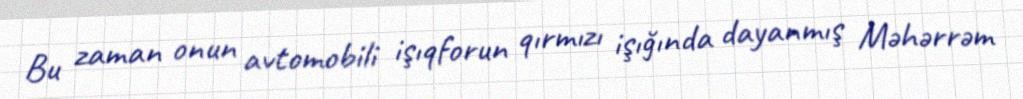
Bu zaman onun avtomobili işıqforun qırmızı işığında dayanmış Məhərrəm